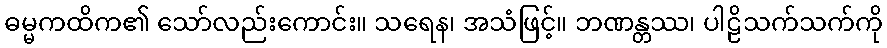
ဓမ္မကထိက၏ သော်လည်းကောင်း။ သရေန၊ အသံဖြင့်။ ဘဏန္တဿ၊ ပါဠိသက်သက်ကို